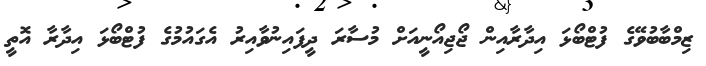
ޒިމްބާބުވޭގެ ފުޓްބޯޅަ އިދާރާއިން ޖޯޖިއޯނީއަށް މުސާރަ ދީފައިނުވާއިރު އެގައުމުގެ ފުޓްބޯޅަ އިދާރާ އޮތީ